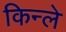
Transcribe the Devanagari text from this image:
किन्ले